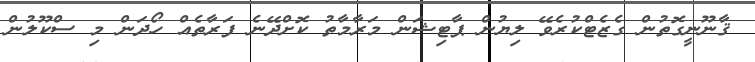
ޤާނޫނީގޮތުން ގެޒެޓްކުރެވޭ ލިޔުން ޕާޓިޝަން މަރާމާތު ކޮށްދޭނެ ފަރާތެއް ހޯދަން މި ސްކޫލުން